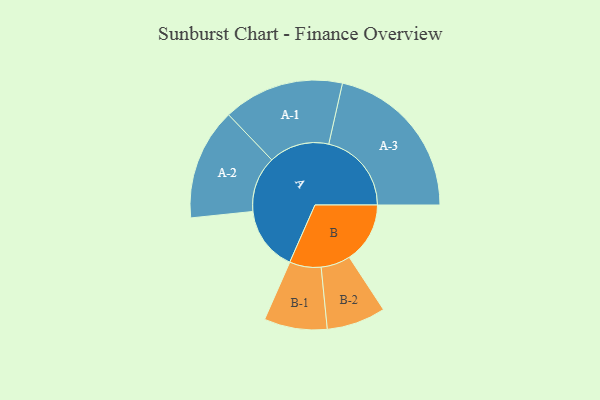
{"axis": {"x": "Segment", "y": "Value"}, "legend": ["", "A", "B"], "data": [{"x": "A", "y": 223, "type": ""}, {"x": "B", "y": 210, "type": ""}, {"x": "A-1", "y": 209, "type": "A"}, {"x": "A-2", "y": 193, "type": "A"}, {"x": "A-3", "y": 286, "type": "A"}, {"x": "B-1", "y": 109, "type": "B"}, {"x": "B-2", "y": 102, "type": "B"}]}